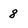
Character: 8